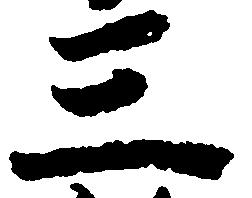
三